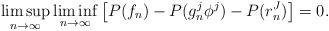
LaTeX: \begin{align*} \limsup_{n\to\infty}\liminf_{n\to\infty}\big[P(f_n)-P(g_n^j\phi^j)-P(r_n^J)\big]=0. \end{align*}